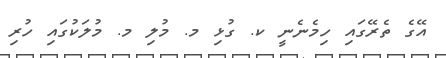
އޭގެ ތެރޭގައި ހިމެނެނީ ކ. ގުޅި މ. މުލި މ. މުލަކުގައި ހުރި